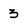
Character: 3